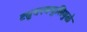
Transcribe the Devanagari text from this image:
ट्युबरक्युलिमुळे